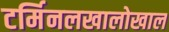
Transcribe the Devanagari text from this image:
टर्मिनलखालोखाल